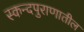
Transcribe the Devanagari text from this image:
स्कन्दपुराणातील